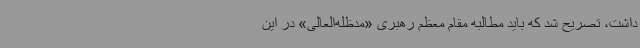
داشت، تصریح شد که باید مطالبه مقام معظم رهبری «مدظله‌العالی» در این